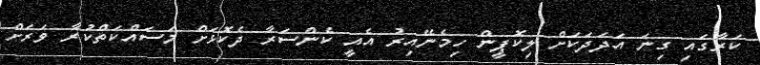
ކަރާގައި ގިނަ އަދަދަކަށް ލިކޮޕީން ހިމެނޭއިރު އެއީ ކެންސަރާ ދެކޮޅަށް މަސައްކަތްކުރާ ވަރަށް